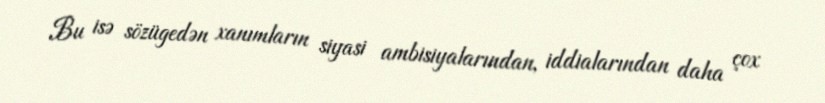
Bu isə sözügedən xanımların siyasi ambisiyalarından, iddialarından daha çox